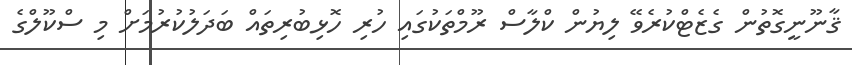
ޤާނޫނީގޮތުން ގެޒެޓްކުރެވޭ ލިޔުން ކްލާސް ރޫމްތަކުގައި ހުރި ހޮޅިބުރިތައް ބަދަލުކުރުމަށް މި ސްކޫލްގެ